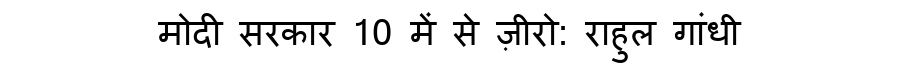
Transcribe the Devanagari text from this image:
मोदी सरकार 10 में से ज़ीरो: राहुल गांधी